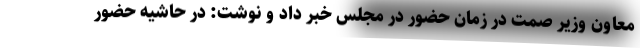
معاون وزیر صمت در زمان حضور در مجلس خبر داد و نوشت: در حاشیه حضور